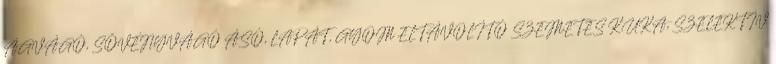
ÁGVÁGÓ, SÖVÉNYVÁGÓ ÁSÓ, LAPÁT, GYOM ELTÁVOLÍTÓ SZEMETES KUKA, SZELEKTÍV